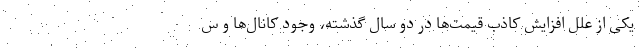
یکی از علل افزایش کاذب قیمت‌ها در دو سال گذشته، وجود کانال‌ها و س